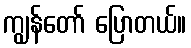
ကျွန်တော် ပြောတယ်။